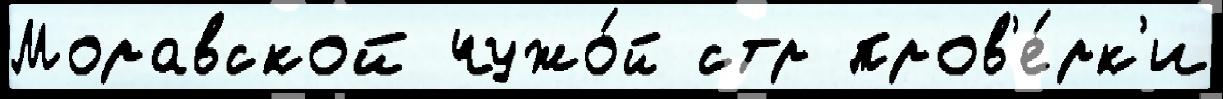
Моравской чужо́й стр пров'е́рк'и